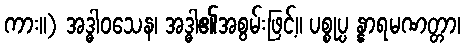
ကား။) အဒ္ဓါဝသေန၊ အဒ္ဓါ၏အစွမ်းဖြင့်။ ပစ္စုပ္ပ န္နာရမဏတ္တာ၊